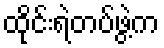
ထိုင်းရဲတပ်ဖွဲ့က